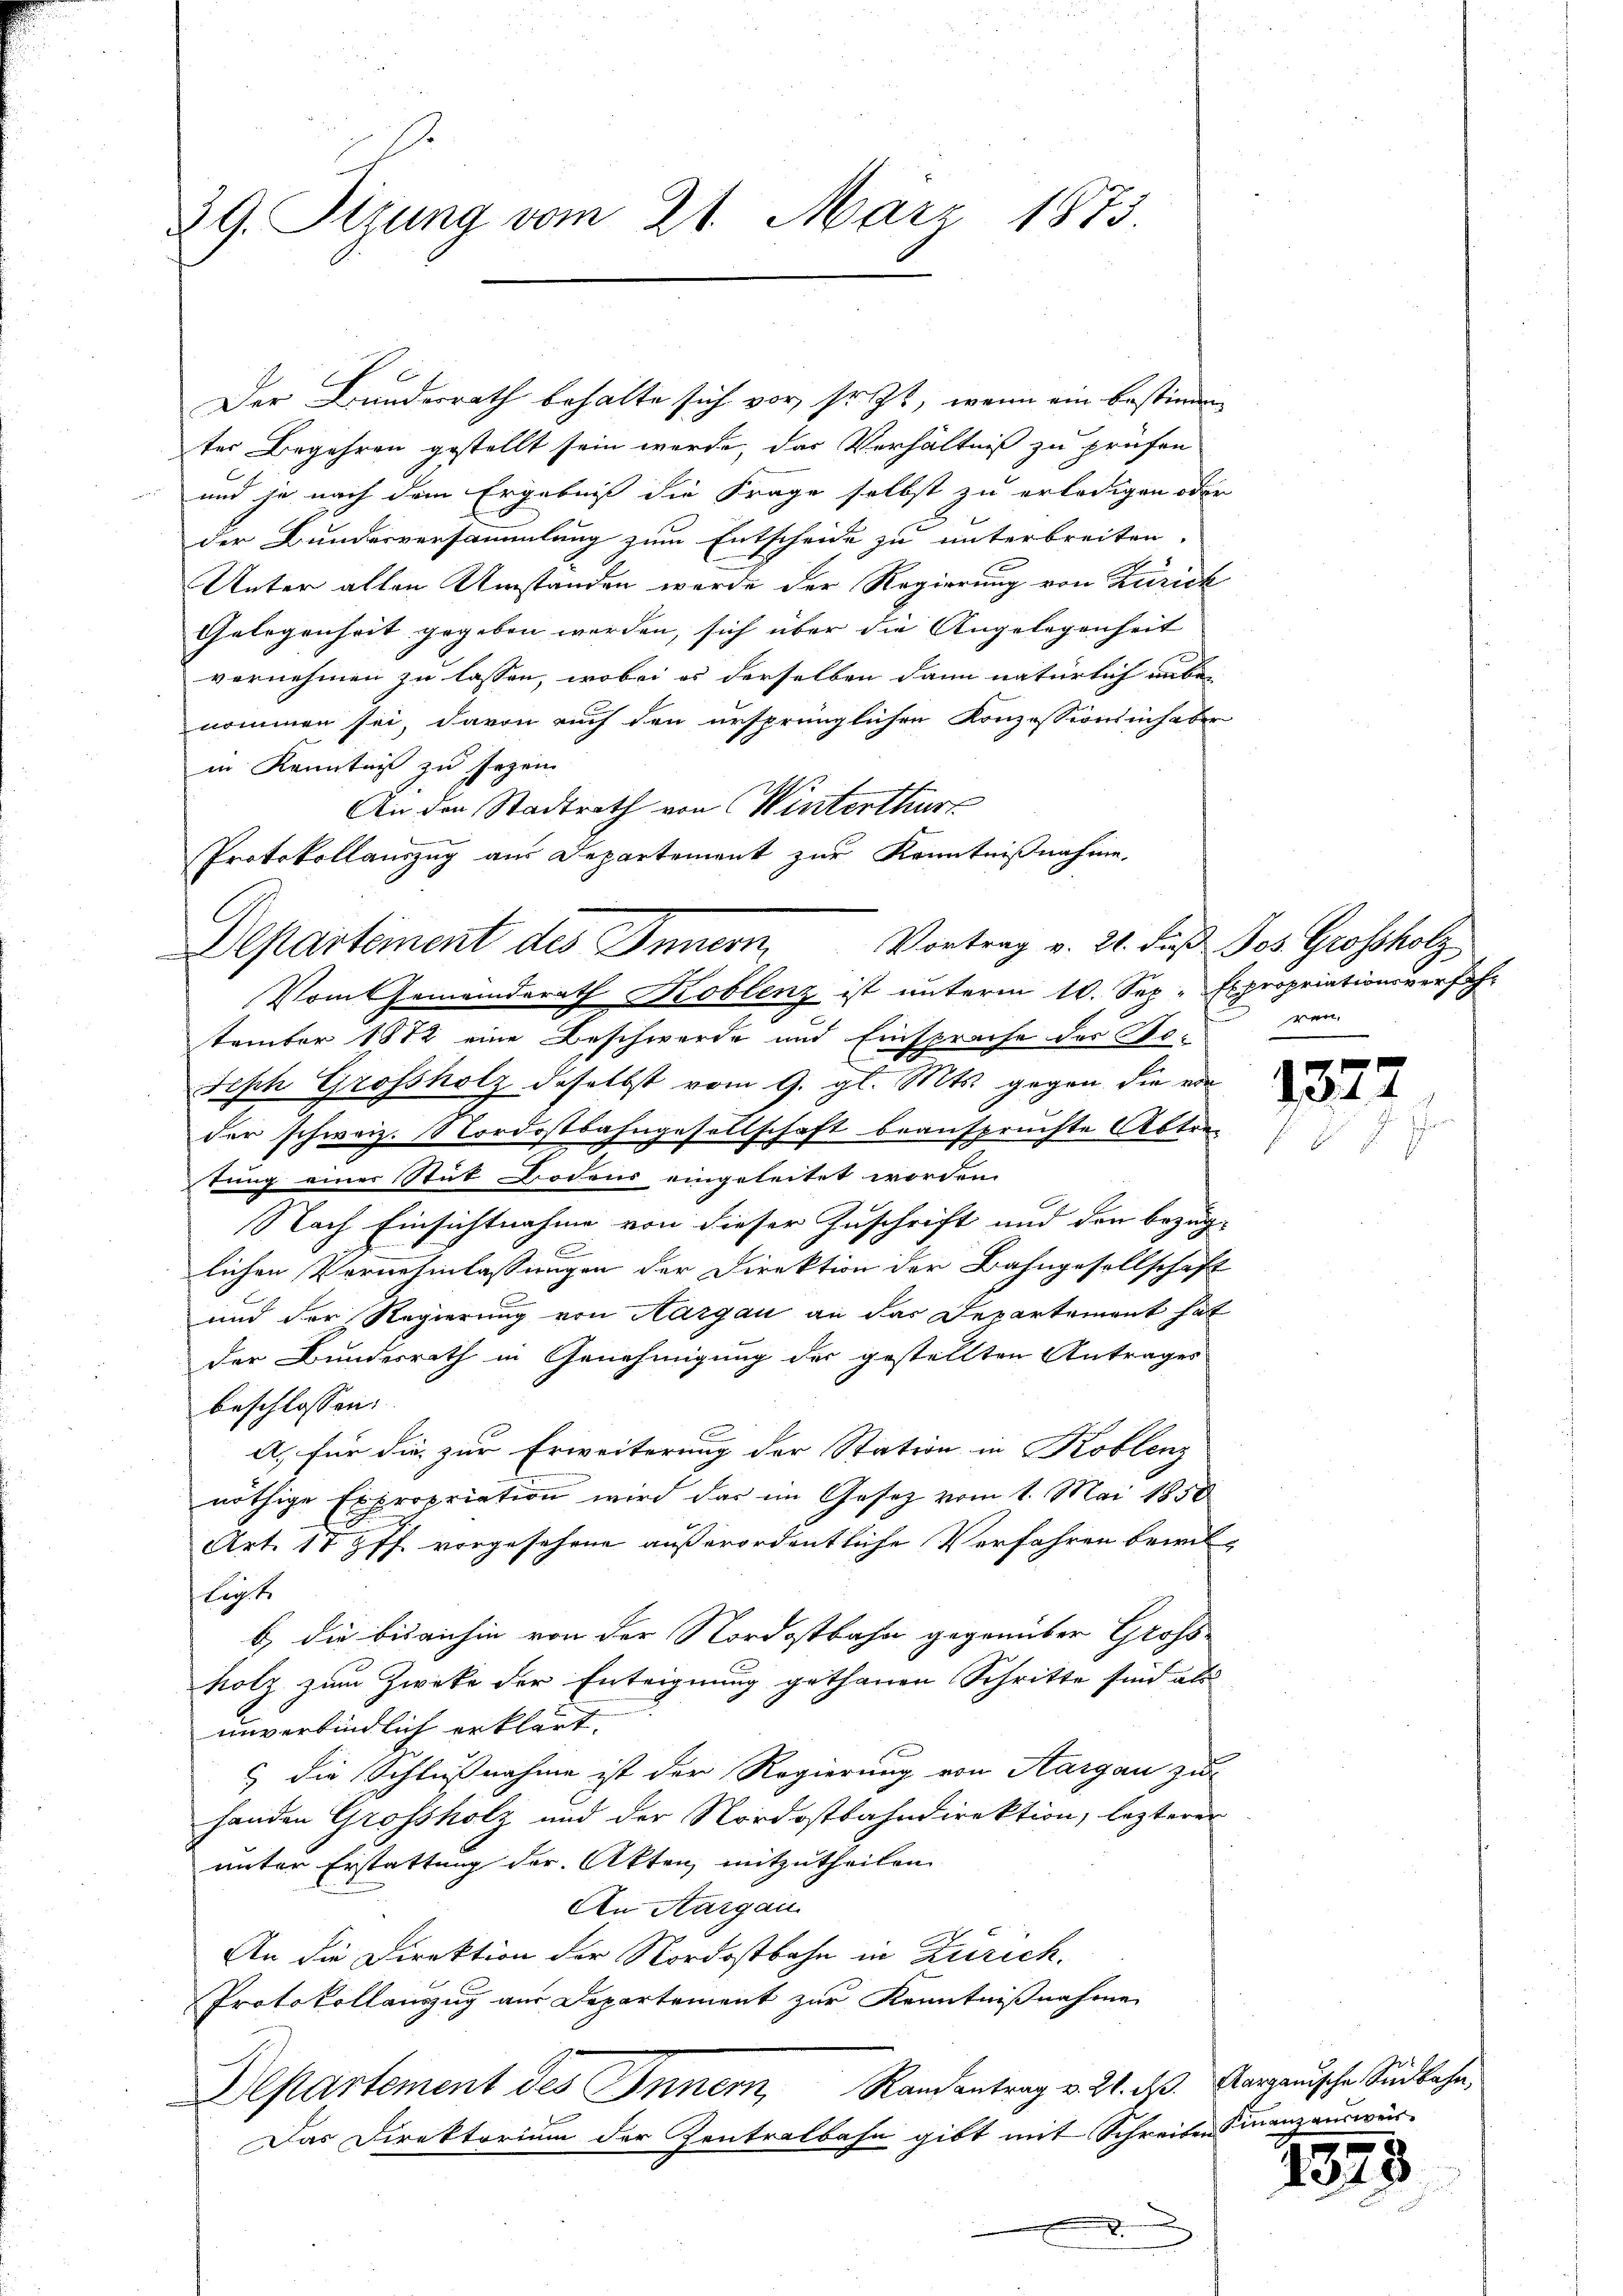
39. Stzung vom 21. März 1873.

Der Bundesrath behalte sich vor, so ist, wenn ein bestimmen
ter Begehren gestellt sein werde, das Verhältniß zu prüfen
und je nach dem Ergebniß die Frage selbst zu erledigen oder
der Bundesversammlung zum Entscheide zu unterbreiten.
f
Unter allen Umstanden werde der Regierung von Zürich
Gelegenheit gegeben werden, sich über die Angelegenheit
vornehmen zu lassen, wobei es derselben dann natürlich unbe-
nommen sei, davon auch den ursprünglichen Konzessionsinhaber
in Kenntniß zu sezen
An den Stadtrath von Winterthur
e
Protokollauszug aus Departement zur Kenntnißnahme,

Departement des Innern,
Vom Gemeinderath Koblenz ist unterm 10. Sep. Expropriationsverfahr

Vortrag v. 21. daß Jos. Grossholz
tember 1872 eine Beschwerde und Einsprache der No-
Seph Grossholz daselbst vom 9. gl. Mts. gegen die von
der schweiz. Nordostbahngesellschaft beanspruchte Abtretung einer Stück Bodens eingeleitet worden.
Nach Einsichtnahme von dieser Zuschrift und den bezüg-
.
lichen Vernehmlassungen der Direktion der Bahngesellschaft
und der Regierung von Aargau an das Departement hat
der Bundesrath in Genehmigung der gestellten Antrages
beschlossen:
A. für die zur Erweiterung der Station in Koblenz
nöthige Expropriation wird das im Gesetz vom 1. Mai 1858
Art. 17 ff. vorgesehene außerordentliche Verfahren bewil¬
Legt
b) die bisanhin von der Nordostbahn gegenüber Gross-
holz zum Zwecke der Enteignung gethanen Schritte sind als
unverbindlich erklärt.
& die Schlußnahme ist der Regierung von Aargau zu
handen Grossholz und der Nordostbahndirektion, lezterer
unter Erstattung der Akten, mitzutheilen
An Aargau
An die Direktion der Nordostbahn in Zürich.
Protokollauszug aus Departement zur Kenntnißnahme
Departement des Inner, Randantrag v. 21. ds. Aargauische Südbahn,
Das Direktorium der Zentralbahn gibt mit Schreiben Finanzausweis¬
.

ren.

132

1375